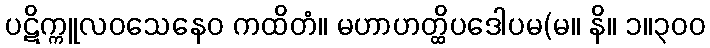
ပဋိက္ကူလဝသေနေဝ ကထိတံ။ မဟာဟတ္ထိပဒေါပမ(မ။ နိ။ ၁။၃၀၀